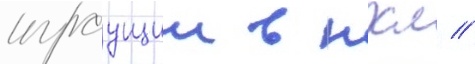
играущии в нхл //